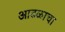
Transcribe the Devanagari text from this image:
आढळाचा